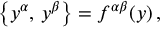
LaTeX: \bigl \{ y ^ { \alpha } , \, y ^ { \beta } \bigr \} = f ^ { \alpha \beta } ( y ) \, ,